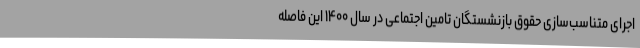
اجرای متناسب‌سازی حقوق بازنشستگان تامین اجتماعی در سال ۱۴۰۰ این فاصله